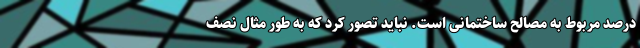
درصد مربوط به مصالح ساختمانی است. نباید تصور کرد که به طور مثال نصف